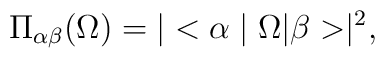
\Pi_{\alpha\beta}(\Omega)=|<\alpha \mid \Omega|\beta> \mid^{2},